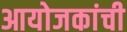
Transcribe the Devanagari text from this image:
आयोजकांची